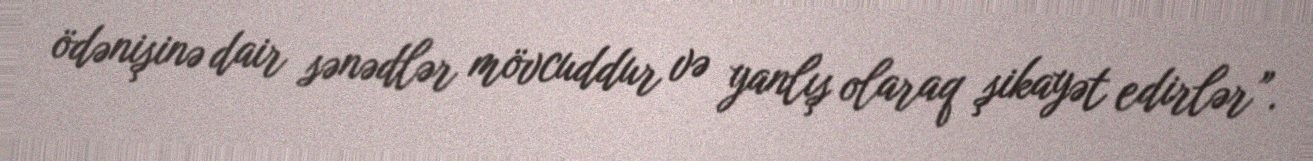
ödənişinə dair sənədlər mövcuddur və yanlış olaraq şikayət edirlər”.